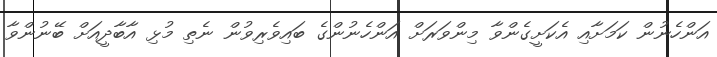
އަންހެނުން ކަމަށާއި އެކަށީގެންވާ މިންވަރަށް އަންހެނުންގެ ބައިވެރިވުން ނެތި މުޅި އާބާދީއަށް ބޭނުންވާ